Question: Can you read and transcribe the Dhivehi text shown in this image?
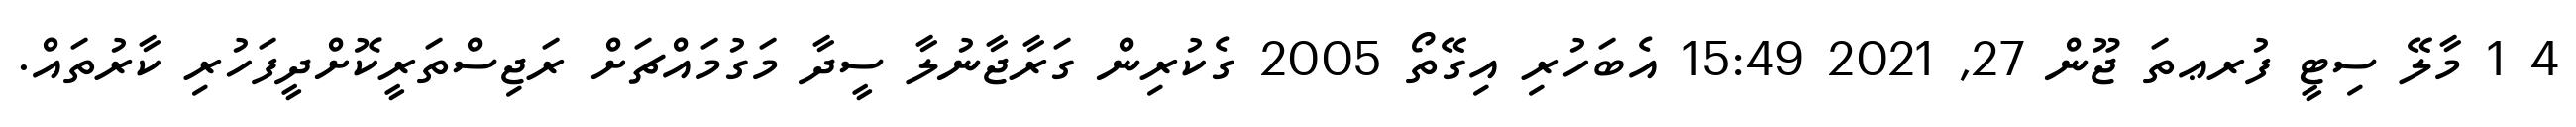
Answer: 4 1 މާލޭ ސިޓީ ފުރޢތަ ޖޫން 27, 2021 15:49 އެބަހުރި އިގޭތޯ 2005 ގެކުރިން ގަރާޖާނުލާ ސީދާ މަގުމައްޗަށް ރަޖިސްތަރީކޮށްދީފަހުރި ކާރުތައް.